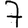
Digit: 7